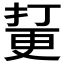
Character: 𱠘